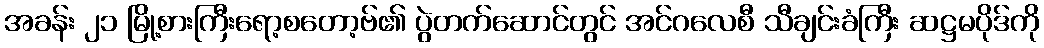
အခန်း ၂၁ မြို့စားကြီးရော့စတော့ဗ်၏ ပွဲတက်ဆောင်တွင် အင်ဂလေစီ သီချင်းခံကြီး ဆဋ္ဌမပိုဒ်ကို